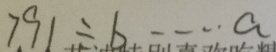
7 9 1 \div b \cdots a